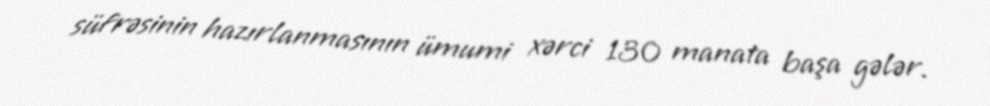
süfrəsinin hazırlanmasının ümumi xərci 130 manata başa gələr.